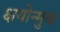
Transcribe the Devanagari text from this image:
क्षयोन्मुख